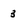
Character: 3